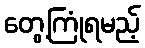
တွေ့ကြုံရမည့်